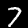
Digit: 7